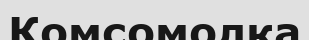
Комсомолка